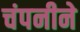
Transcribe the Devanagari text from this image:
चंपनीने